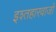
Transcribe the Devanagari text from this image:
इश्तहारवाजों